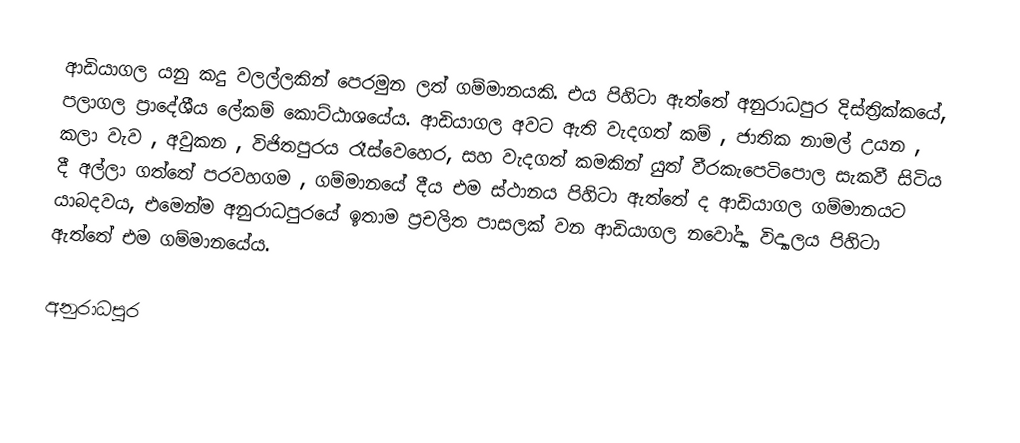
ආඩියාගල යනු කදු වලල්ලකින් පෙරමුන ලත් ගම්මානයකි. එය පිහිටා ඇත්තේ අනුරාධපුර දිස්ත්‍රික්කයේ, පලාගල ප්‍රාදේශීය ලේකම් කොට්ඨාශයේය. ආඩියාගල අවට ඇති වැදගත් කම් , ජාතික නාමල් උයන , කලා වැව , අවුකන , විජිතපුරය රෑස්වෙහෙර, සහ වැදගත් කමකින් යුත් වීරකැපෙටිපොල සැකවී සිටිය දී අල්ලා ගත්තේ පරවහගම ,  ගම්මානයේ දීය එම ස්ථානය පිහිටා ඇත්තේ ද ආඩියාගල ගම්මානයට යාබදවය, එමෙන්ම අනුරාධපුරයේ ඉතාම ප්‍රචලිත පාසලක් වන ආඩියාගල නවෝද්‍යා විද්‍යාලය පිහිටා ඇත්තේ එම ගම්මානයේය.

අනුරාධපුර